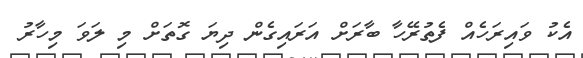
އެކު ވައިރަހެއް ފެތުރޭހާ ބާރަށް އަރައިގެން ދިޔަ ގޮތަށް މި ލަވަ މިހާރު